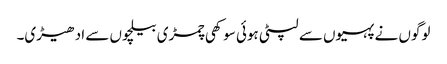
لوگوں نے پہیوں سے لپٹی ہوئی سوکھی چمڑی بیلچوں سے ادھیڑی۔